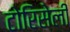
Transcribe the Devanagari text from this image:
टोरिसेली